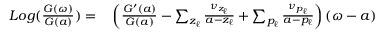
\begin{array} { r } { \begin{array} { r l } { L o g ( \frac { G ( \omega ) } { G ( a ) } ) = } & { { } \left( \frac { G ^ { \prime } ( a ) } { G ( a ) } - \sum _ { z _ { \ell } } \frac { \nu _ { z _ { \ell } } } { a - z _ { \ell } } + \sum _ { p _ { \ell } } \frac { \nu _ { p _ { \ell } } } { a - p _ { \ell } } \right) ( \omega - a ) } \end{array} } \end{array}